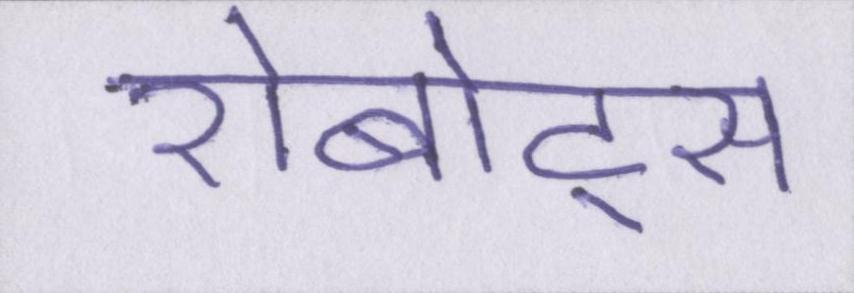
रोबोट्स